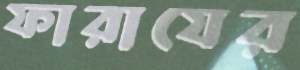
ফারাযের